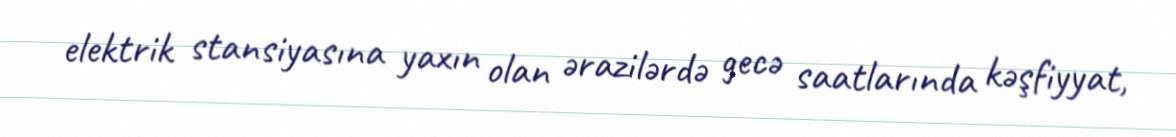
elektrik stansiyasına yaxın olan ərazilərdə gecə saatlarında kəşfiyyat,